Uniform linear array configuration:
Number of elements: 4
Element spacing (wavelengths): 0.5
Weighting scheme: binomial
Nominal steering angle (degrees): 30
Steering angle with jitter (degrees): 29.829
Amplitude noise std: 0.05
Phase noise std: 0.05

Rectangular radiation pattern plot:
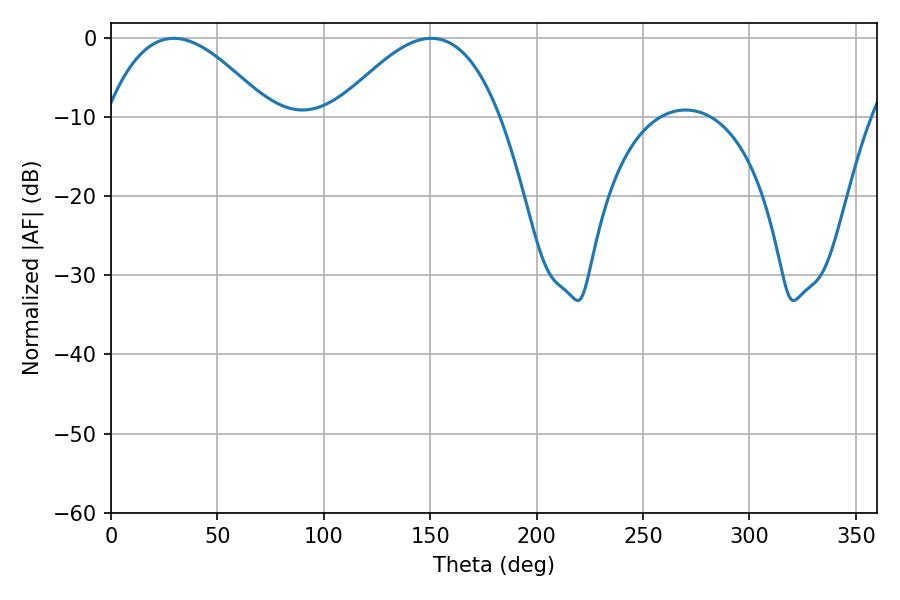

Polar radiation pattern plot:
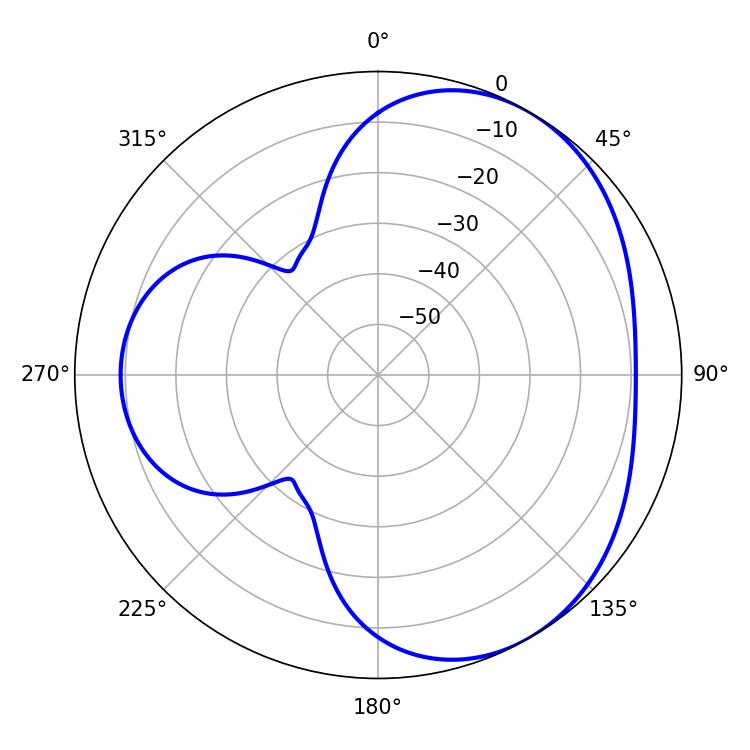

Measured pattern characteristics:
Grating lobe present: FALSE
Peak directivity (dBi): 3.978
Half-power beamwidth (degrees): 41.94
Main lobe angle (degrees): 29.52